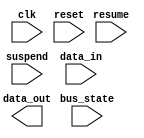
module usb_bus_controller (
    // Input and output ports here
    input wire clk, // Clock input
    input wire reset, // Reset signal
    input wire suspend, // Suspend signal
    input wire resume, // Resume signal
    input wire [1:0] bus_state, // USB bus state
    input wire [7:0] data_in, // Input data
    output reg [7:0] data_out, // Output data
);

// Timing control and synchronization logic here
// Code for maintaining proper timing between data packets, handling transfer protocol, error detection and correction, device synchronization, and speed management

// Code to handle USB bus states such as reset, suspend, and resume

// Code to ensure data is transmitted and received according to USB spec

// Clock management logic to ensure accurate timing and synchronization

always @(posedge clk or posedge reset) begin
    if (reset) begin
        // Reset logic
    end else begin
        // Non-reset logic
    end
end

endmodule